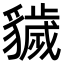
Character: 𧴖